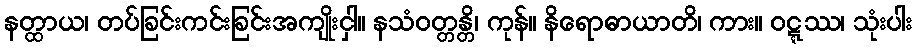
နတ္ထာယ၊ တပ်ခြင်းကင်းခြင်းအကျိုးငှါ။ နသံဝတ္တန္တိ၊ ကုန်။ နိရောဓာယာတိ၊ ကား။ ဝဋ္ဋဿ၊ သုံးပါး